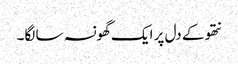
نتھو کے دل پر ایک گھونسہ سا لگا۔